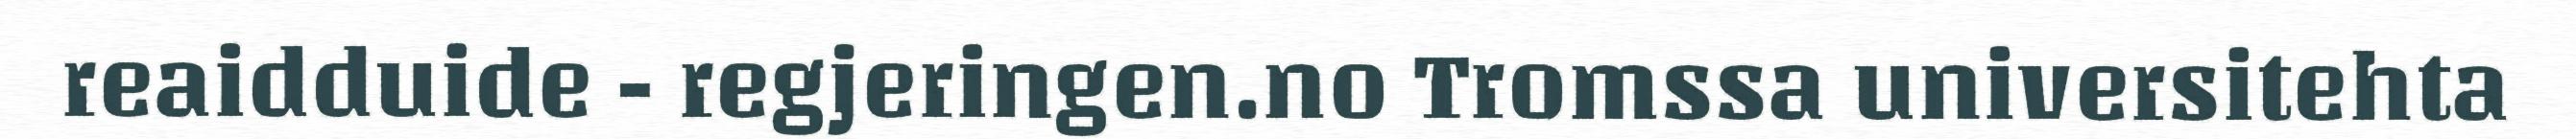
reaidduide - regjeringen.no Tromssa universitehta